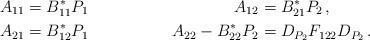
LaTeX: \begin{align*} A_{11}&=B_{11}^*P_1 & A_{12}&=B_{21}^*P_2\,, \\ A_{21}&=B_{12}^*P_1 & A_{22} - B_{22}^*P_2&=D_{P_2}F_{122}D_{P_2}\,. \end{align*}